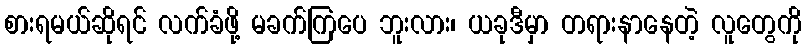
စားရမယ်ဆိုရင် လက်ခံဖို့ မခက်ကြပေ ဘူးလား၊ ယခုဒီမှာ တရားနာနေတဲ့ လူတွေကို